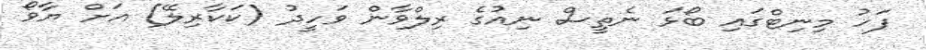
ފަހު މިނިޓްގައި ބޯޅަ ނެތީސް ނިއުގެ ރިލްވާން ވަހީދު (ކަކާރިލޭ) އަށް ޔާވޯ